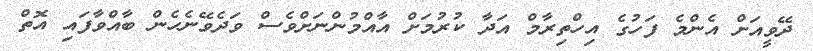
ދޭވީއަށް އެންމެ ފަހުގެ އިހްތިރާމް އަދާ ކުރުމަށް އާއްމުންނަށްވެސް ވަދެވޭނެހެން ބާއްވާފައި އޮތް